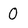
Character: 0